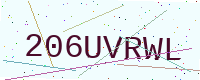
Text: 206UVRWL